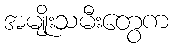
အမျိုးသမီးတွေက